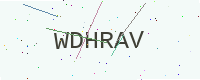
Text: WDHRAV